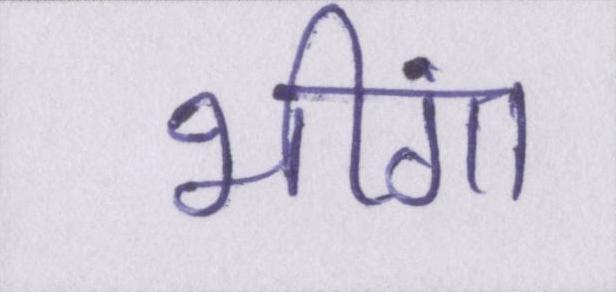
भींगा